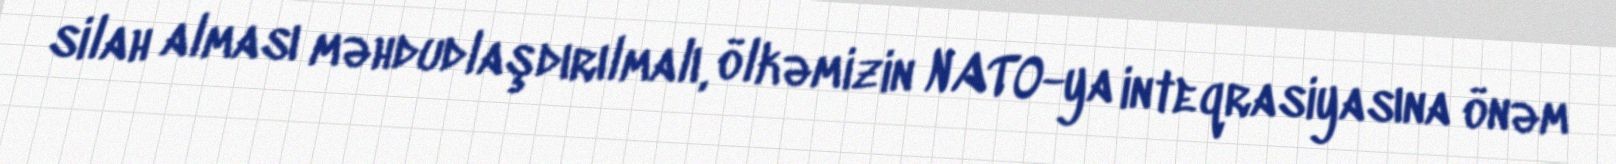
silah alması məhdudlaşdırılmalı, ölkəmizin NATO-ya inteqrasiyasına önəm